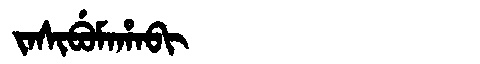
Manchu: ᠵᠠᠰᡳᠪᡠᠮᠠᡥᠠᠪᡳ
Romanization: JASIBUMAHABI